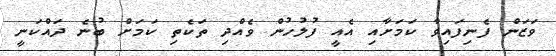
ވަޒަން ފެނިފައިވާ ކަމަށާއި އެއީ ފުލުހުން ވެއްދި ތަކެތި ކަމަށް ބުނެ ދައްކަނީ